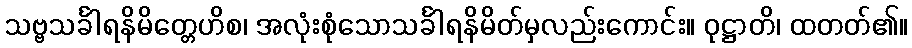
သဗ္ဗသင်္ခါရနိမိတ္တေဟိစ၊ အလုံးစုံသောသင်္ခါရနိမိတ်မှလည်းကောင်း။ ဝုဋ္ဌာတိ၊ ထတတ်၏။